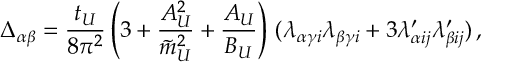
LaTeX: \Delta _ { \alpha \beta } = { \frac { t _ { U } } { 8 \pi ^ { 2 } } } \left( 3 + { \frac { A _ { U } ^ { 2 } } { \tilde { m } _ { U } ^ { 2 } } } + { \frac { A _ { U } } { B _ { U } } } \right) \, ( \lambda _ { \alpha \gamma i } \lambda _ { \beta \gamma i } + 3 \lambda _ { \alpha i j } ^ { \prime } \lambda _ { \beta i j } ^ { \prime } ) \, ,